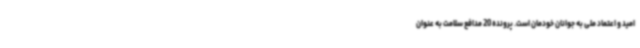
امید و اعتماد ملی به جوانان خودمان است. پرونده 20 مدافع سلامت به عنوان